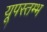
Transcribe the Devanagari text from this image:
यूपस्तम्भ